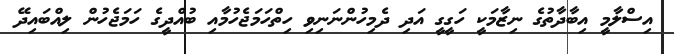
އިސްލާމީ އިބާދާތުގެ ނިޒާމަކީ ހަގީގީ އަދި ދެމިހުންނަނިވި ހިތްހަމަޖެހުމާއި ބުއްދީގެ ހަމަޖެހުން ލިއްބައިދޭ